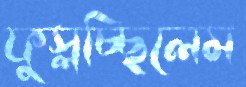
ফুস্‌লচ্ছিলেম